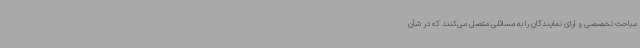
مباحث تخصصی و آرای نمایندگان را به مسائلی متصل می‌کنند که در شأن